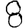
Digit: 8